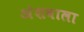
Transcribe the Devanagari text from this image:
अंशवाला